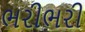
ભરીભરી